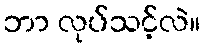
ဘာ လုပ်သင့်လဲ။